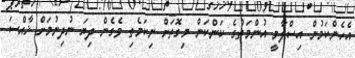
އެހެންކަމުން އިސްލާމީ އުންމަތުގެ ކަންކަން މިގޮތަށް ނިކަމެތި ވެގެން ދިޔަ ނުދިނުމަށް ޚާއްސަ